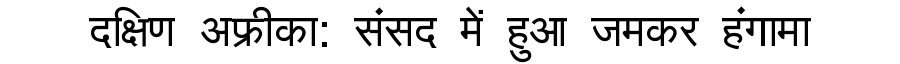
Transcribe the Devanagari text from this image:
दक्षिण अफ्रीका: संसद में हुआ जमकर हंगामा